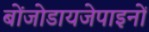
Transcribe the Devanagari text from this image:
बोंजोडायजेपाइनों